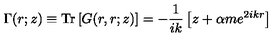
\Gamma ( r ; z ) \equiv \mathrm { T r } \left[ G ( r , r ; z ) \right] = - \frac { 1 } { i k } \left[ z + \alpha m e ^ { 2 i k r } \right]